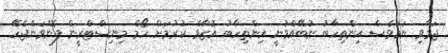
ޖަމާވި ނަމަވެސް އިންތިހާބު ނުބޭއްވުނީ އިންތިހާބު އޮޒާވް ކުރުމަށް ހޯމް މިނިސްޓްރީން ފޮނުވަންޖެހޭ